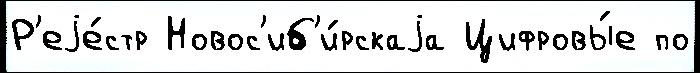
Р'еjе́стр Новос'иб'и́рскаjа Цифровы́е по